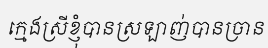
ក្មេងស្រីខ្ញុំបានស្រឡាញ់បានច្រាន